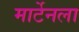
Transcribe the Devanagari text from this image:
मार्टेनला